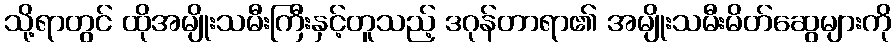
သို့ရာတွင် ထိုအမျိုးသမီးကြီးနှင့်တူသည့် ဒဂုန်တာရာ၏ အမျိုးသမီးမိတ်ဆွေများကို